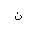
Letter: _non